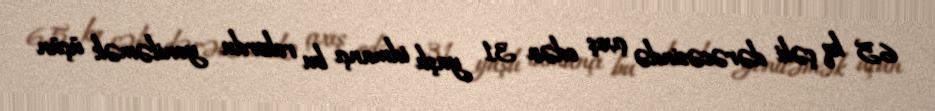
65 kq çəki dərəcəsində çıxış edən 31 yaşlı idmançı bu rekordu yeniləmək üçün